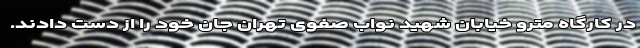
در کارگاه مترو خیابان شهید نواب صفوی تهران جان خود را از دست دادند.